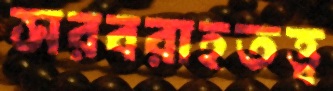
সরবরাহতত্ত্ব